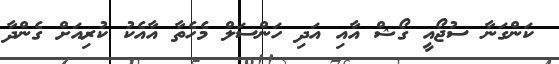
ކަންގަނާ ސުޖޯއީ ގޯޝް އާއި އަދި ހަންސަލް މެހެތާ އާއެކު ކުރިއަށް ގެންދާ